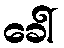
ခေါ်